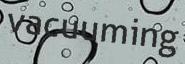
vacuuming